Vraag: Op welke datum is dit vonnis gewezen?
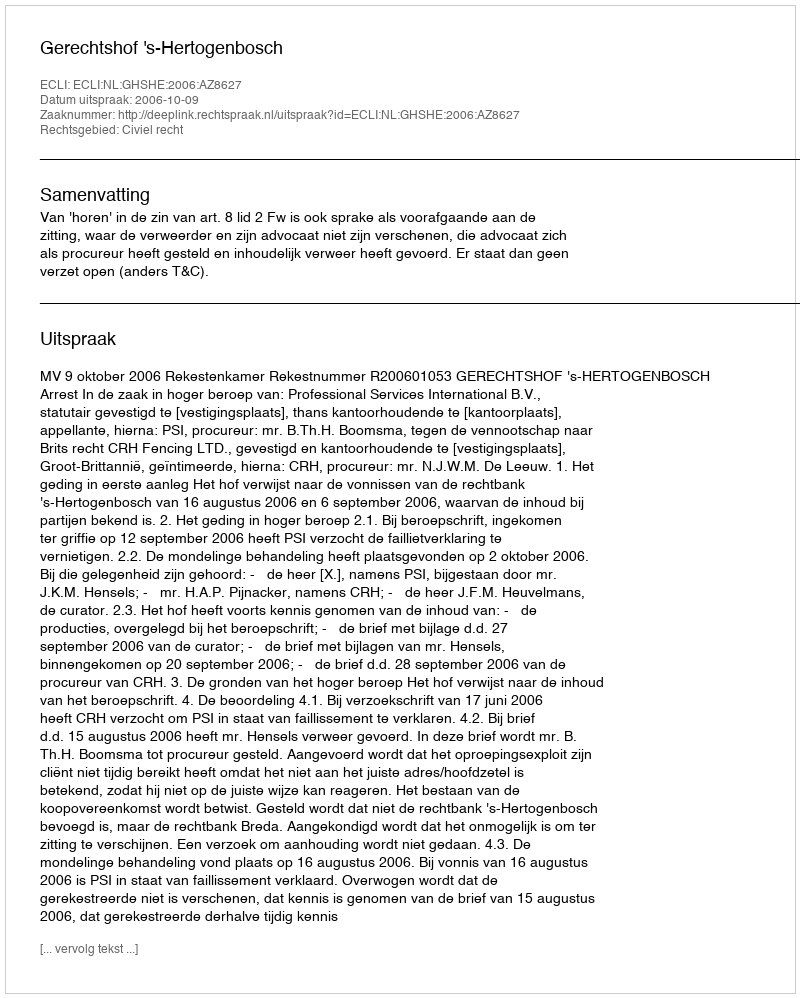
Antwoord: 2006-10-09